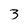
Character: 3